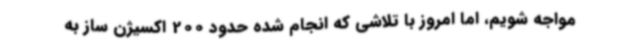
مواجه شویم، اما امروز با تلاشی که انجام شده حدود 200 اکسیژن ساز به